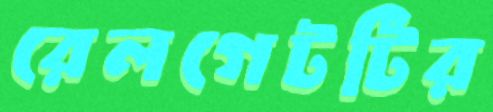
রেলগেটটির